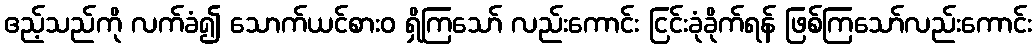
ဧည့်သည်ကို လက်ခံ၍ သောက်ယင်စားဝ ရှိကြသော် လည်းကောင်း ငြင်းခုံခိုက်ရန် ဖြစ်ကြသော်လည်းကောင်း